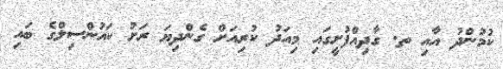
ކުމުންދު އާއި ތ. ގާދިއްފުށީގައި މިއަދު ކުރިއަށް ގެންދިޔަ ރަށު ކައުންސިލްގެ ބައި